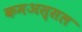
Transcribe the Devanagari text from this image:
कमअस्सल